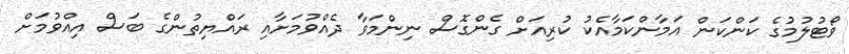
ވޯޓުލުމުގެ ކަންކަން އަމާންކަމާއެކު ކުރިއަށް ގެންގޮސް ނިންމަވާ ދެއްވުމަށާއި ރައްޔިތުންގެ ބަސް އިއްވުމަށް